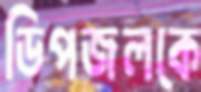
ডিপজলকে